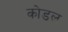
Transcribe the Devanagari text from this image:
कोडल